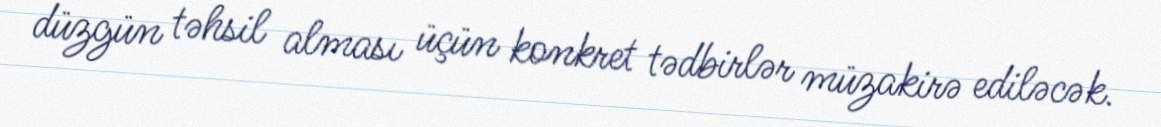
düzgün təhsil alması üçün konkret tədbirlər müzakirə ediləcək.